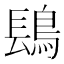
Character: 𬷔